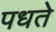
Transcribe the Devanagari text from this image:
पधते